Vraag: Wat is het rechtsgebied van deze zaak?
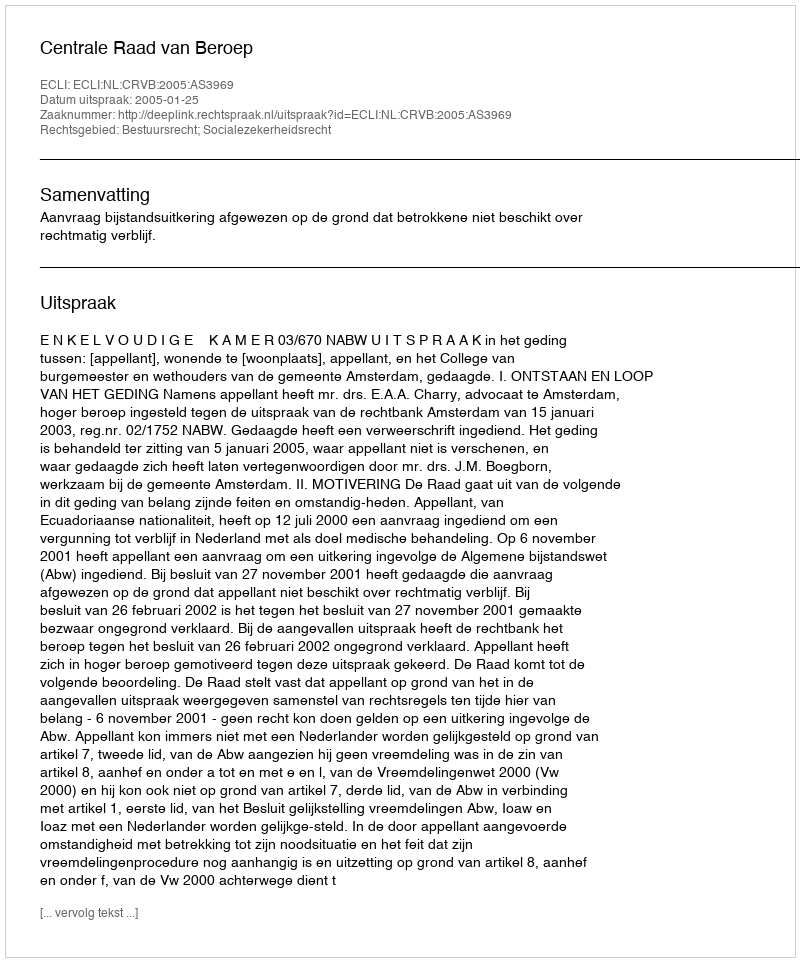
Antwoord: Bestuursrecht; Socialezekerheidsrecht